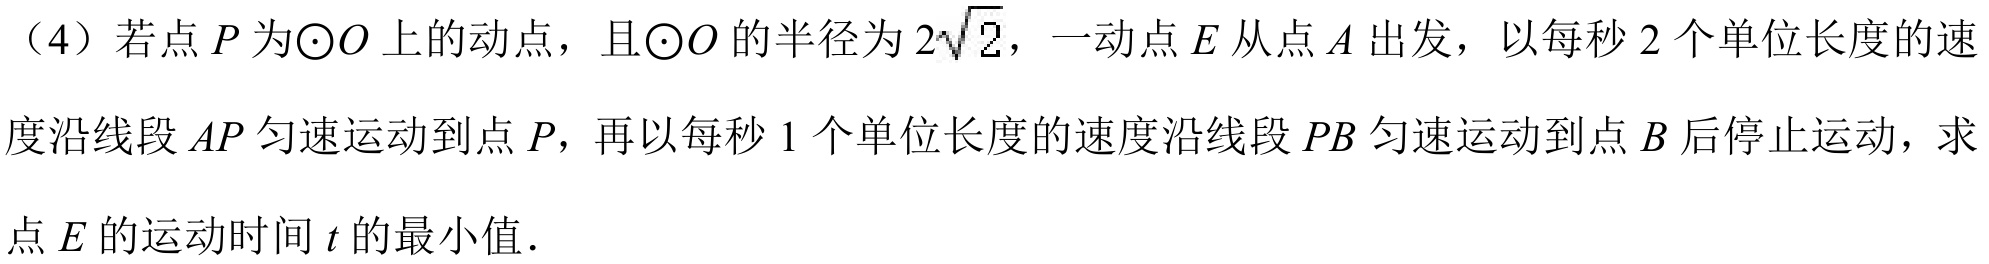
（4）若点\(P\)为\(\odot O\)上的动点，且\(\odot O\)的半径为\(2\sqrt{2}\)，一动点\(E\)从点\(A\)出发，以每秒\(2\)个单位长度的速度沿线段\(AP\)匀速运动到点\(P\)，再以每秒\(1\)个单位长度的速度沿线段\(PB\)匀速运动到点\(B\)后停止运动，求点\(E\)的运动时间\(t\)的最小值．